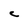
Character: C